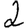
Digit: 2